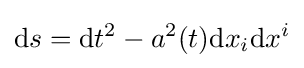
\mathrm {d} s=\mathrm {d} t^{2}-a^{2}(t)\mathrm {d} x_{i}\mathrm {d} x^{i}